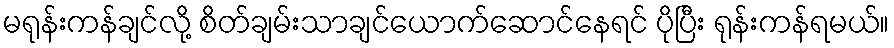
မရုန်းကန်ချင်လို့ စိတ်ချမ်းသာချင်ယောက်ဆောင်နေရင် ပိုပြီး ရုန်းကန်ရမယ်။